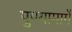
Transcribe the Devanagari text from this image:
पुण्यामार्गे